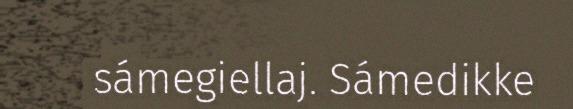
sámegiellaj. Sámedikke